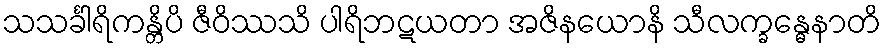
သသင်္ခါရိကန္တိပိ ဇီဝိဿသိ ပါရိဘဋယတာ အဇိနယောနိ သီလက္ခန္ဓေနာတိ